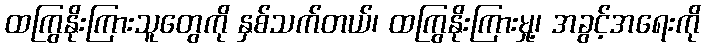
ထကြွနိုးကြားသူတွေကို နှစ်သက်တယ်၊ ထကြွနိုးကြားမှု့၊ အခွင့်အရေးကို